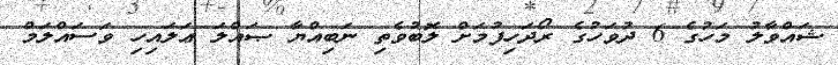
ޝައްވާލު މަހުގެ 6 ދުވަހުގެ ރޯދަހިފުމަށް ލޮބުވެތި ނަބިއްޔާ ޞައްލަ ޢަލައިހި ވަސައްލަމް